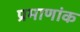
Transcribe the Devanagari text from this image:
प्रमाणांक